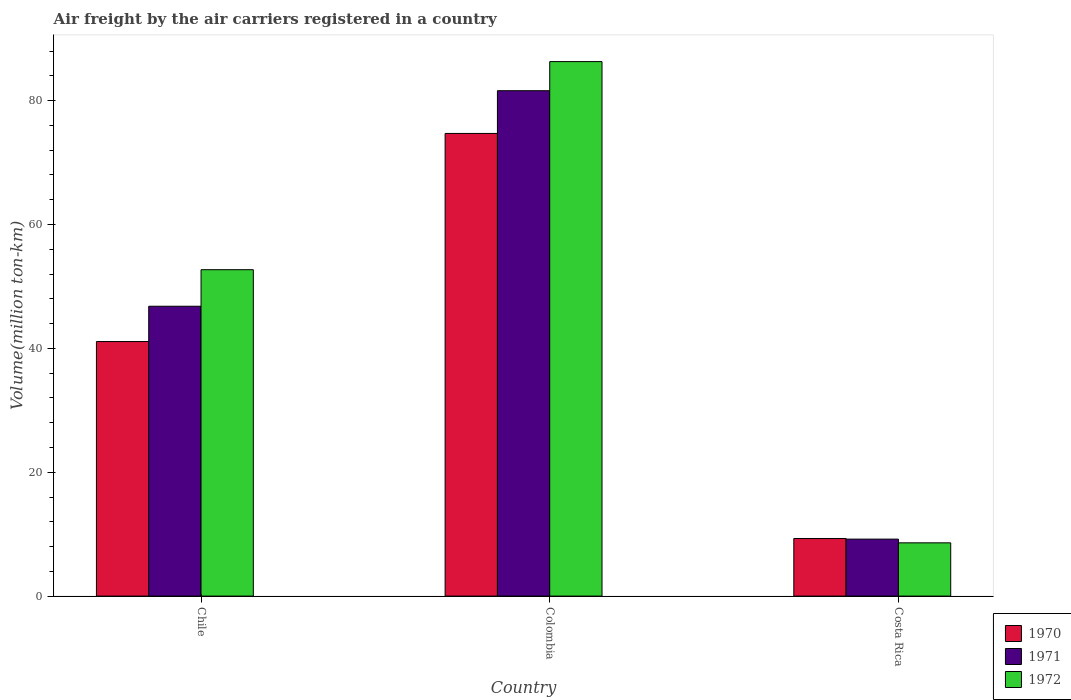
| Country | 1970 | 1971 | 1972 |
 | --- | --- | --- | --- |
 | Chile | 41.1 | 46.8 | 52.7 |
 | Colombia | 74.7 | 81.6 | 86.3 |
 | Costa Rica | 9.3 | 9.2 | 8.6 |